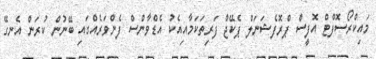
މައިކްރޯސޮފްޓް އޮފީސް ޕްރޮފެޝަނަލް ޕެކޭޖް ފަރިތަކަމާއިއެކު އެޑްވާންސް ފެންވަރެއްގައި ބޭނުން ކުރަން އެނގޭ